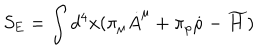
S _ { \mathrm { E } } = \int d ^ { 4 } x ( \pi _ { \mu } \dot { A } ^ { \mu } + \pi _ { \rho } \dot { \rho } - \widetilde { H } )